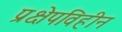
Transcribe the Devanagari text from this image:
प्रक्षेपविहीन